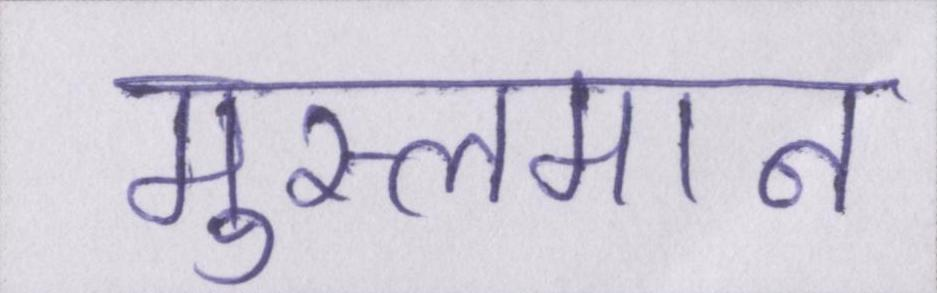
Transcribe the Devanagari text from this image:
मुस्लमान